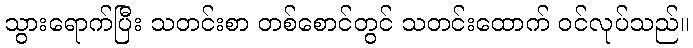
သွားရောက်ပြီး သတင်းစာ တစ်စောင်တွင် သတင်းထောက် ဝင်လုပ်သည်။